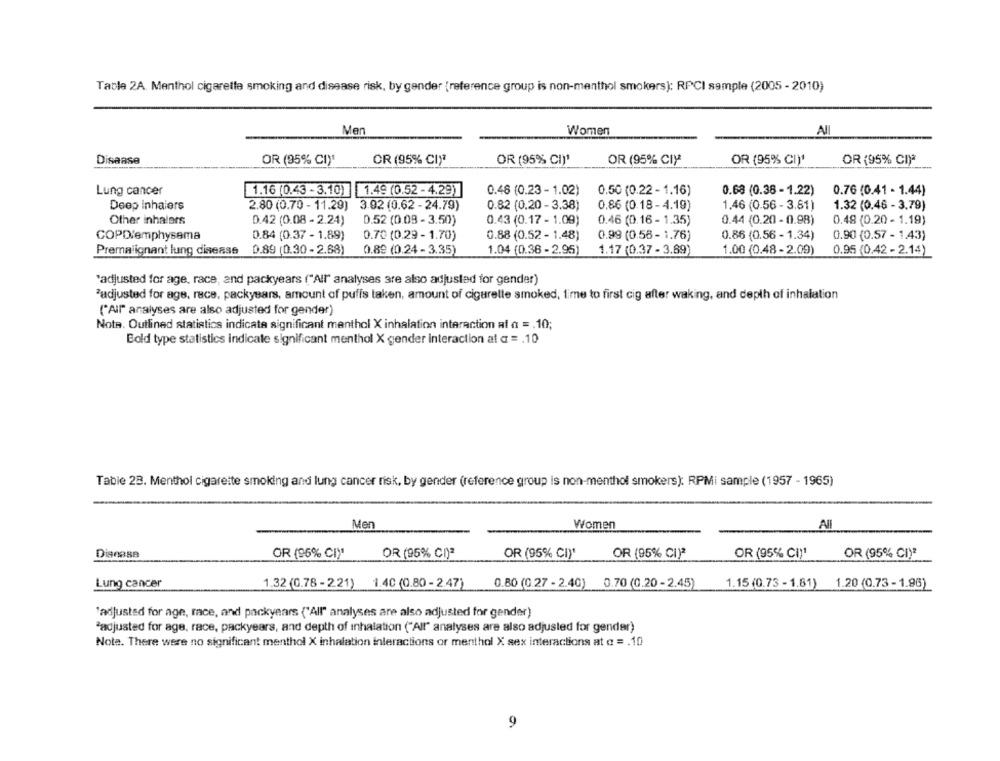
Table 2A. Menthol cigarette smoking and disease risk, by gender {reference group is non-menthol smokers): RPCI sample (2005 - 2010)
Men
Women
All
Disease
OR (95% CI)'
CR (95% CI)ª
OR (95% CI)'
OR (95% CIY
OR (95% CI)1
OR (95% CI)*
Lung cancer
1.16 (0.43 - 3.10) 1.49 (0.52 - 4.29)
0.48 (0.23 - 1.02)
0.76 (0.41 - 1.44)
0.50 (0.22 - 1.16)
0.68 (0.38- 1.22)
Deep Inhaiers
2.80 (0.70 - 11.29)
3.92 (0.62 - 24.79)
0.82 (0.20 - 3.38)
0.86 (0.18-4.19)
1.46 (0.56 - 3.81)
1.32 (0.46 - 3,79)
Other inhalers
0.42 (0.08- 2.24)
0.52 (0.09 - 3.50)
0.43 (0.17 - 1.09)
0.46 (0.16 - 1.35)
0.44 (0.20 - 0.98)
0.48 (0.20 - 1.19)
COPD/emphysema
0.84 (0.37 - 1.89)
0.70 (0.29 - 1.70)
0.88 (0.52 - 1.48)
0.99 (0.58- 1.76)
0.86 (0.56 - 1.34)
0.90 (0.57 - 1.43)
Premalignant lung disease
0.89 (0.30 - 2.68)
0.89 (0.24 - 3.35)
1.04 (0.36 -2.95)
1.17 (0.37 - 3.69)
1.00 (0.48 - 2.09)
0.95 (0.42 - 2.14)
'adjusted for age, race, and packyears ("All" analyses are also adjusted for gender)
"adjusted for age, race, packyears, amount of puffs taken, amount of cigarelle smoked, time to first cig after waking, and depth of inhalation
("All" analyses are also adjusted for gender)
Note. Outlined statistics indicata significant menthol X inhalation interaction at a = . 10;
Bold type statistics indicate significant menthol X gender interaction at a = . 10
Table 28. Menthol cigarette smoking and lung cancer risk, by gender (reference group is non-menthol smokers). RPMi sample (1957 - 1965)
Men
Women
All
Disease
OR (95% CI)
OR (95% CI)2
OR (95% CI)'
OR (95% CI)2
OR (95% CI)1
OR (95% CI)"
Lung cancer
1.32 (0.78 - 2.21) 1.40 (0.80 - 2.47)
0.80 (0.27 - 2.40) 0.70 (0.20 - 2.45)
1.15 (0.73 - 1.81)
1.20 (0.73 - 1.96)
'adjusted for age, race, and packyears ("All" analyses are also adjusted for gender)
"adjusted for age, race, packyears, and depth of inhalation ("All" analyses are also adjusted for gender)
Note. There were no significant menthol X inhalation interactions or menthol X sex interactions at a = . 10
9